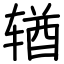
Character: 𬨎